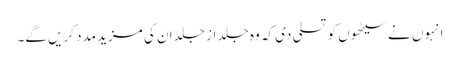
انہوں نے سیٹھوں کو تسلی دی کہ وہ جلد از جلد ان کی مزید مدد کریں گے۔